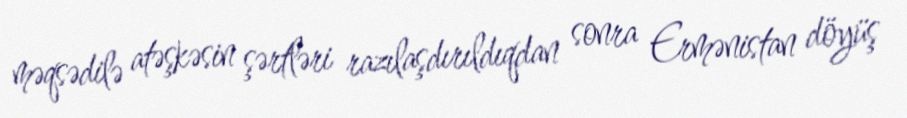
məqsədilə atəşkəsin şərtləri razılaşdırıldıqdan sonra Ermənistan döyüş